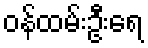
ဝန်ထမ်းဦးရေ